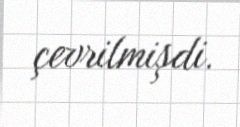
çevrilmişdi.